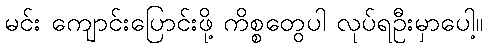
မင်း ကျောင်းပြောင်းဖို့ ကိစ္စတွေပါ လုပ်ရဦးမှာပေါ့။